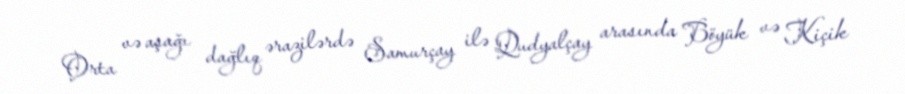
Orta və aşağı dağlıq ərazilərdə Samurçay ilə Qudyalçay arasında Böyük və Kiçik